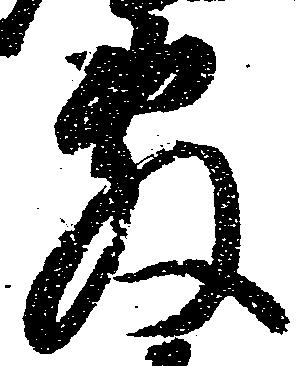
敷